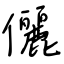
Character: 儷